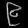
Digit: ၉